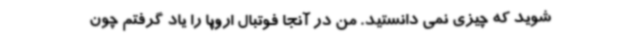
شوید که چیزی نمی دانستید. من در آنجا فوتبال اروپا را یاد گرفتم چون